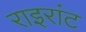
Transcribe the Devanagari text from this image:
राइरांट